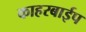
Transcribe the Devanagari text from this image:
काहरबाईप